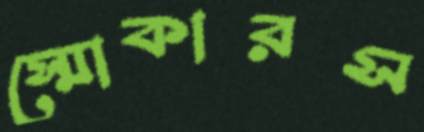
স্মোকারস